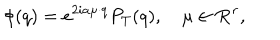
\phi ( q ) = e ^ { 2 i a \mu \cdot q } P _ { T } ( q ) , \quad \mu \in { \bf R } ^ { r } ,